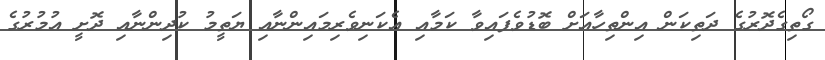
ގޯތިގެދޮރުގެ ދަތިކަން އިންތިހާއަށް ބޮޑުވެފައިވާ ކަމާއި އެކަނިވެރިމައިންނާއި ޔަތީމު ކުދިންނާއި ދޮށީ އުމުރުގެ